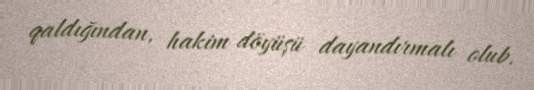
qaldığından, hakim döyüşü dayandırmalı olub.